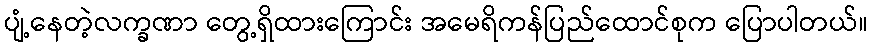
ပျံ့နေတဲ့လက္ခဏာ တွေ့ရှိထားကြောင်း အမေရိကန်ပြည်ထောင်စုက ပြောပါတယ်။